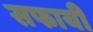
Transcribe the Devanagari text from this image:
सफायी